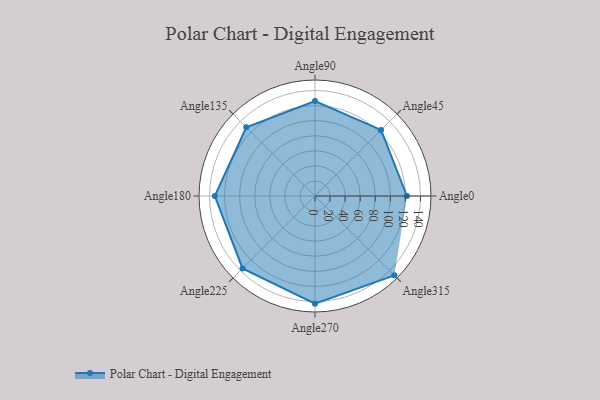
{"axis": {"x": "Angle", "y": "Radius"}, "legend": [""], "data": [{"x": "Angle0", "y": 122.0, "type": ""}, {"x": "Angle45", "y": 124.0, "type": ""}, {"x": "Angle90", "y": 126.0, "type": ""}, {"x": "Angle135", "y": 129.0, "type": ""}, {"x": "Angle180", "y": 133.0, "type": ""}, {"x": "Angle225", "y": 136.0, "type": ""}, {"x": "Angle270", "y": 143.0, "type": ""}, {"x": "Angle315", "y": 149.0, "type": ""}]}